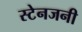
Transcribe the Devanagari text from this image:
स्टेनजनी